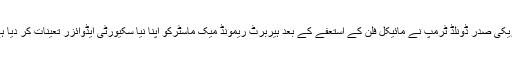
امریکی صدر ڈونلڈ ٹرمپ نے مائیکل فلِن کے استعفے کے بعد ہیربرٹ ریمونڈ میک ماسٹرکو اپنا نیا سکیورٹی ایڈوائزر تعینات کر دیا ہے۔